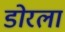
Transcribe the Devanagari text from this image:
डोरला